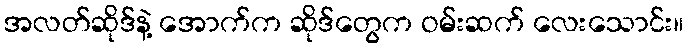
အလတ်ဆိုဒ်နဲ့ အောက်က ဆိုဒ်တွေက ဝမ်းဆက် လေးသောင်း။